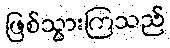
ဖြစ်သွားကြသည်